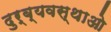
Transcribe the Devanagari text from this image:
दुर्ब्यवस्थाओ